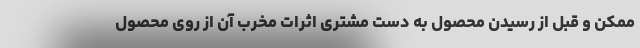
ممکن و قبل از رسیدن محصول به دست مشتری اثرات مخرب آن از روی محصول